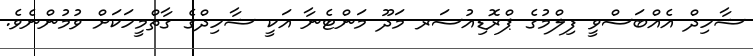
ޝާހިދް އެއްބަސްވީ ފިލްމުގެ ޕްރޮޑިއުސަރ މަދޫ މަންޓެނާ އަކީ ޝާހިދްގެ ގާތްމީހަކަށް ވުމުންނެވެ.